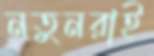
নতুনরাই